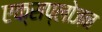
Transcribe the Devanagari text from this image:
एक्सप्लोजन